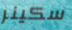
سكينر